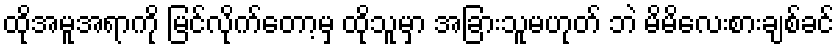
ထိုအမူအရာကို မြင်လိုက်တော့မှ ထိုသူမှာ အခြားသူမဟုတ် ဘဲ မိမိလေးစားချစ်ခင်